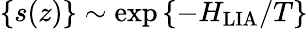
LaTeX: \{ s(z)\} \sim\exp{\{ -H_{\mathrm{LIA}}/T\} }